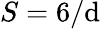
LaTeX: S=6/\mathrm{d}